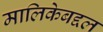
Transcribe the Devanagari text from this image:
मालिकेबद्दल